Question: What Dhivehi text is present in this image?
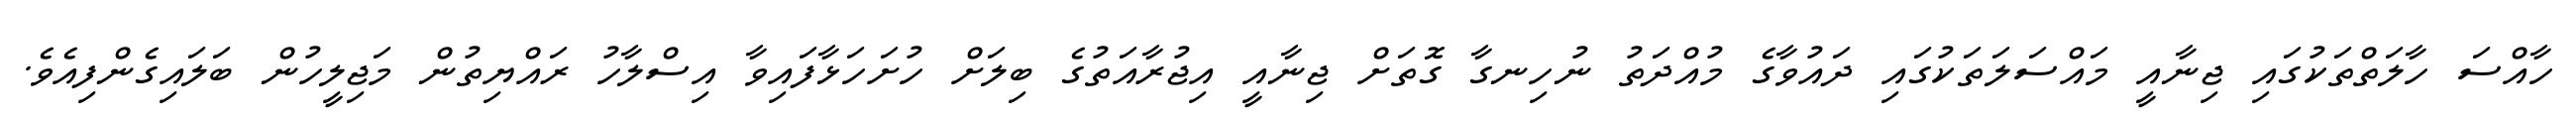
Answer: ހާއްސަ ހާލަތްތަކުގައި ޖިނާއީ މައްސަލަތަކުގައި ދައުވާގެ މުއްދަތު ނުހިނގާ ގޮތަށް ޖިނާއީ އިޖުރާއަތުގެ ބިލަށް ހުށަހަޅާފައިވާ އިސްލާހު ރައްޔިތުން މަޖިލީހުން ބަލައިގެންފިއެވެ.